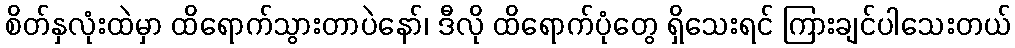
စိတ်နှလုံးထဲမှာ ထိရောက်သွားတာပဲနော်၊ ဒီလို ထိရောက်ပုံတွေ ရှိသေးရင် ကြားချင်ပါသေးတယ်